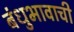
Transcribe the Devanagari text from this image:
बंधुभावाची